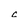
Character: c